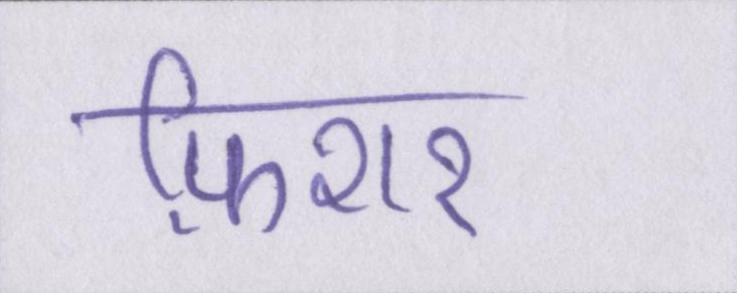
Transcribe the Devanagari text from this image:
फ़िशर